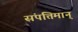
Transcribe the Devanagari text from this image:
संपत्तिमान्